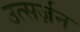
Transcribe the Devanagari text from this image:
उत्सर्ज़न